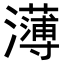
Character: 𭳭